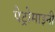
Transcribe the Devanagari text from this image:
पेट्रोमाइनी